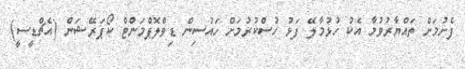
ފެށުމަށް ތައްޔާރުވުމާ އެކު ހުޅުމާލޭ ފަޅު ހުސްކުރުމަށް ހައުސިން ޑިވްލޮޕްމަންޓް ކޯޕަރޭޝަން (އެޗްޑީސީ)